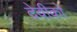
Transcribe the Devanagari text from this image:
देवीको